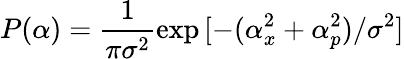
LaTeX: P(\alpha)=\frac{1}{\pi\sigma^{2}}\exp{[-(\alpha_{x}^{2}+\alpha_{p}^{2})/\sigma^{2}]}